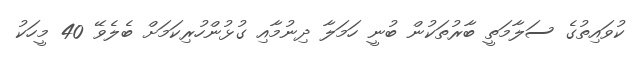
ކުވައިތުގެ ސަލާމަތީ ބާރުތަކުން ބުނީ ހަމަލާ ދިނުމާއި ގުޅުންހުރިކަމަށް ބެލެވޭ 40 މީހަކު